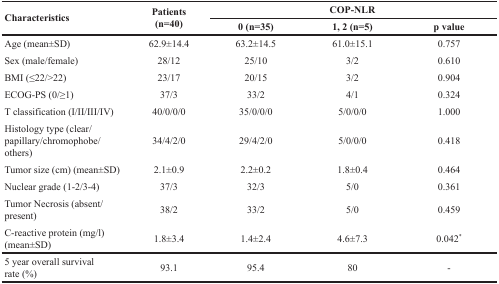
<table><thead><tr><td rowspan="2"><b>Characteristics</b></td><td rowspan="2"><b>Patients(n=40)</b></td><td colspan="3"><b>COP-NLR</b></td></tr><tr><td><b>0 (n=35)</b></td><td><b>1, 2 (n=5)</b></td><td><b>p value</b></td></tr></thead><tbody><tr><td>Age (mean±SD)</td><td>62.9±14.4</td><td>63.2±14.5</td><td>61.0±15.1</td><td>0.757</td></tr><tr><td>Sex (male/female)</td><td>28/12</td><td>25/10</td><td>3/2</td><td>0.610</td></tr><tr><td>BMI (≤22/&gt;22)</td><td>23/17</td><td>20/15</td><td>3/2</td><td>0.904</td></tr><tr><td>ECOG-PS (0/≥1)</td><td>37/3</td><td>33/2</td><td>4/1</td><td>0.324</td></tr><tr><td>T classification (I/II/III/IV)</td><td>40/0/0/0</td><td>35/0/0/0</td><td>5/0/0/0</td><td>1.000</td></tr><tr><td>Histology type (clear/papillary/chromophobe/others)</td><td>34/4/2/0</td><td>29/4/2/0</td><td>5/0/0/0</td><td>0.418</td></tr><tr><td>Tumor size (cm) (mean±SD)</td><td>2.1±0.9</td><td>2.2±0.2</td><td>1.8±0.4</td><td>0.464</td></tr><tr><td>Nuclear grade (1-2/3-4)</td><td>37/3</td><td>32/3</td><td>5/0</td><td>0.361</td></tr><tr><td>Tumor Necrosis (absent/present)</td><td>38/2</td><td>33/2</td><td>5/0</td><td>0.459</td></tr><tr><td>C-reactive protein (mg/l) (mean±SD)</td><td>1.8±3.4</td><td>1.4±2.4</td><td>4.6±7.3</td><td>0.042<sup>*</sup></td></tr><tr><td>5 year overall survival rate (%)</td><td>93.1</td><td>95.4</td><td>80</td><td>-</td></tr></tbody></table>